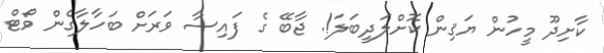
ކާށިދޫ މީހުން ޔަޤިން ކޮށްލަދީބަަލަ!. ޖާބޭ ގެ ފައިސާ ވަރަށް ބަހާލާގެން ވޯޓް